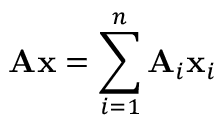
\mathbf { A x } = \sum _ { i = 1 } ^ { n } \mathbf { A } _ { i } \mathbf { x } _ { i }